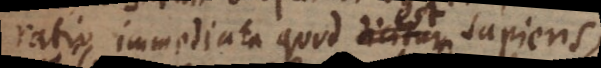
ratio immediata quod dicitur sapiens,